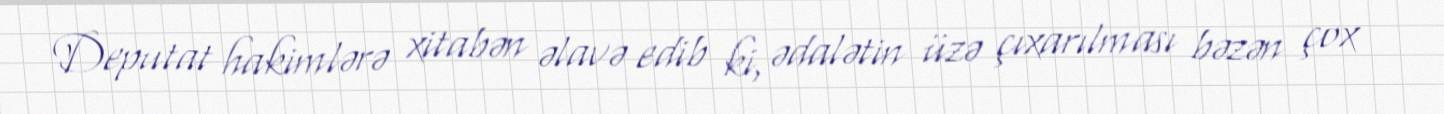
Deputat hakimlərə xitabən əlavə edib ki, ədalətin üzə çıxarılması bəzən çox